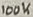
Text: 100K